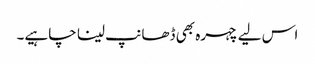
اس لیے چہرہ بھی ڈھانپ لینا چاہیے۔